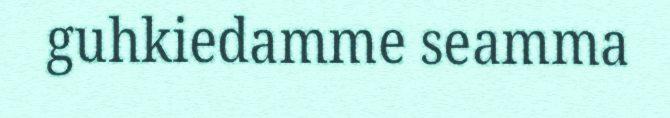
guhkiedamme seamma